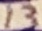
Text: 13